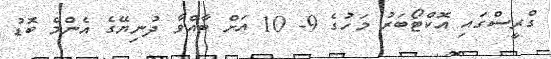
ގްރީސްގައި އޮކްޓޯބަރު މަހުގެ 9- 10 އަށް ބާއްވާ ދުނިޔޭގެ އެންމެ ބޮޑު